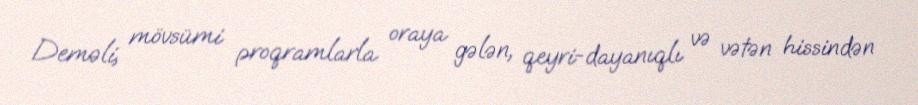
Deməli, mövsümi proqramlarla oraya gələn, qeyri-dayanıqlı və vətən hissindən